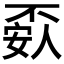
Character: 𰀘